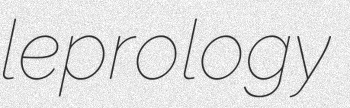
leprology